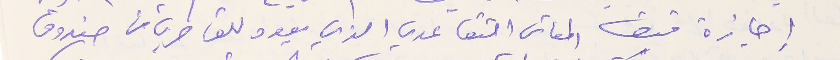
إجازة قبض المعاش التقاعدي الذي يعود للقاصرين من صندوق